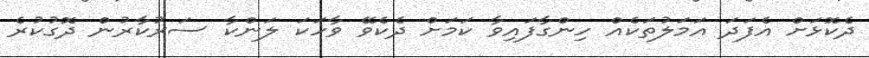
ދެކޮޅަށް އެފަދަ އަމަލުތަކެއް ހިންގާފައިވާ ކަމަށް ދެކެވޭ ވާހަކަ ލަންކާ ސަރުކާރުން ދޮގުކުރެ